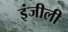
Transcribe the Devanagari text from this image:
इंजीली